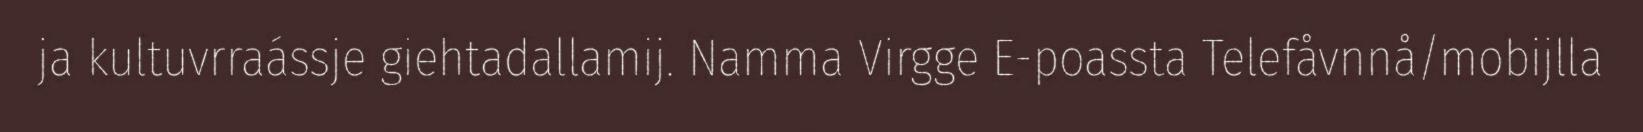
ja kultuvrraássje giehtadallamij. Namma Virgge E-poassta Telefåvnnå/mobijlla